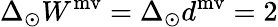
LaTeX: \Delta_{\odot}W^{\mathrm{mv}}=\Delta_{\odot}d^{\mathrm{mv}}=2